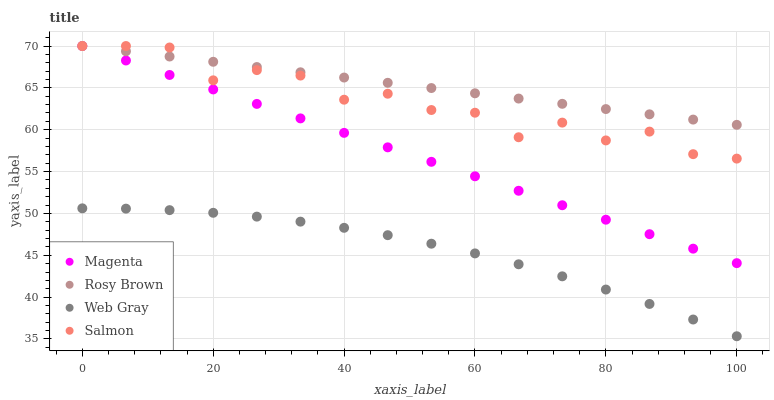
| xaxis_label | Magenta | Rosy Brown | Web Gray | Salmon |
 | --- | --- | --- | --- | --- |
 | 0 | 70 | 70 | 50.6 | 70 |
 | 6.67 | 68.3 | 69.4 | 50.6 | 70 |
 | 13.3 | 66.5 | 68.7 | 50.4 | 69.8 |
 | 20 | 64.8 | 68.1 | 50.1 | 65.9 |
 | 26.7 | 63.1 | 67.5 | 49.6 | 67.1 |
 | 33.3 | 61.4 | 66.9 | 49 | 66.5 |
 | 40 | 59.6 | 66.2 | 48.3 | 63.6 |
 | 46.7 | 57.9 | 65.6 | 47.4 | 64.3 |
 | 53.3 | 56.2 | 65 | 46.4 | 62.4 |
 | 60 | 54.4 | 64.4 | 45.2 | 62 |
 | 66.7 | 52.7 | 63.7 | 43.9 | 59.1 |
 | 73.3 | 51 | 63.1 | 42.5 | 60.9 |
 | 80 | 49.2 | 62.5 | 40.9 | 58.7 |
 | 86.7 | 47.5 | 61.8 | 39.2 | 59.8 |
 | 93.3 | 45.8 | 61.2 | 37.3 | 57.1 |
 | 100 | 44.1 | 60.6 | 35.3 | 56.6 |